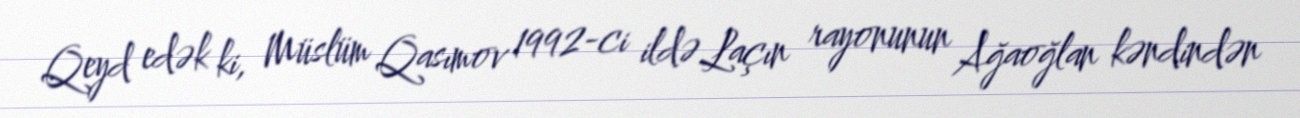
Qeyd edək ki, Müslüm Qasımov 1992-ci ildə Laçın rayonunun Ağaoğlan kəndindən